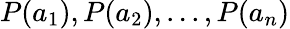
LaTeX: P(a_{1}),P(a_{2}),...,P(a_{n})